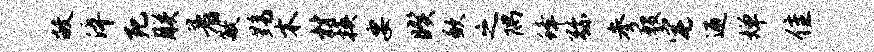
敝淬死朕着敏黝木材换要暌歉之隅蜂弥参殷宅迎婵隹